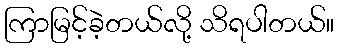
ကြာမြင့်ခဲ့တယ်လို့ သိရပါတယ်။